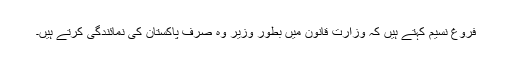
فروغ نسیم کہتے ہیں کہ وزارت قانون میں بطور وزیر وہ صرف پاکستان کی نمائندگی کرتے ہیں۔